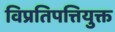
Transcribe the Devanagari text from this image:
विप्रतिपत्तियुक्त